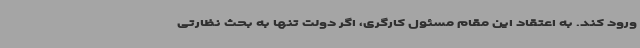
ورود کند. به اعتقاد این مقام مسئول کارگری، اگر دولت تنها به بحث نظارتی